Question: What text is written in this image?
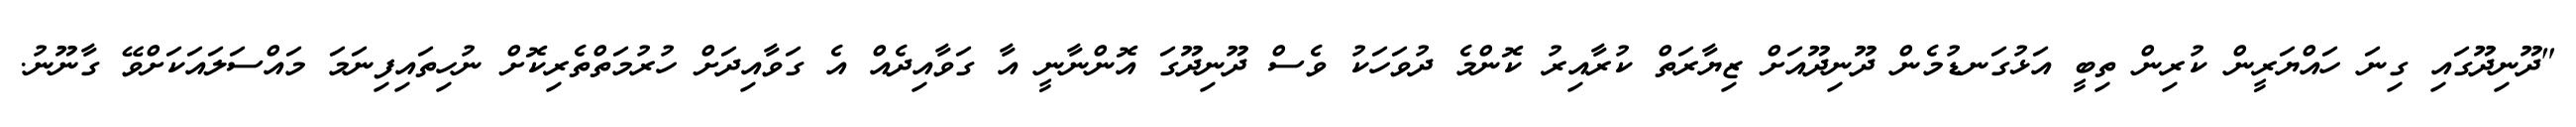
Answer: "ދޫނިދޫގައި ގިނަ ހައްޔަރީން ކުރިން ތިބީ އަޅުގަނޑުމެން ދޫނިދޫއަށް ޒިޔާރަތް ކުރާއިރު ކޮންމެ ދުވަހަކު ވެސް ދޫނިދޫގަ އޮންނާނީ އާ ގަވާއިދެއް އެ ގަވާއިދަށް ހުރުމަތްތެރިކޮށް ނުހިތައިފިނަމަ މައްސަލައަކަށްވޭ ގާނޫނު.